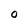
Character: O